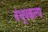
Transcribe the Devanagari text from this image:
बंधूपकल्प